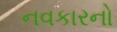
નવકારનો